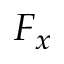
F _ { x }